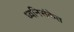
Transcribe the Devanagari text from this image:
ध्वनिसंकेत